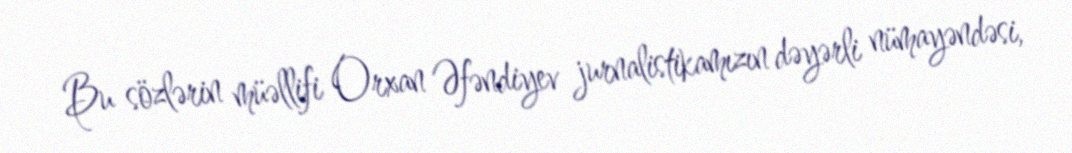
Bu sözlərin müəllifi Orxan Əfəndiyev jurnalistikamızın dəyərli nümayəndəsi,